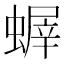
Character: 𧎨